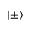
\left| \pm \right\rangle